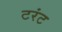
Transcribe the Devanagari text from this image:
टरंट